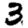
Digit: 3